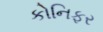
કોનિફર